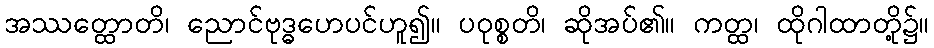
အဿတ္ထောတိ၊ ညောင်ဗုဒ္ဓဟေပင်ဟူ၍။ ပဝုစ္စတိ၊ ဆိုအပ်၏။ ကတ္ထ၊ ထိုဂါထာတို့၌။